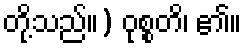
တို့သည်။) ဝုစ္စတိ၊ ၏။